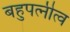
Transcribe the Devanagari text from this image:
बहुपत्‍नीत्व